Lunatic asylums Punjab 1881-1894 - 1881-1894
Year: 1881
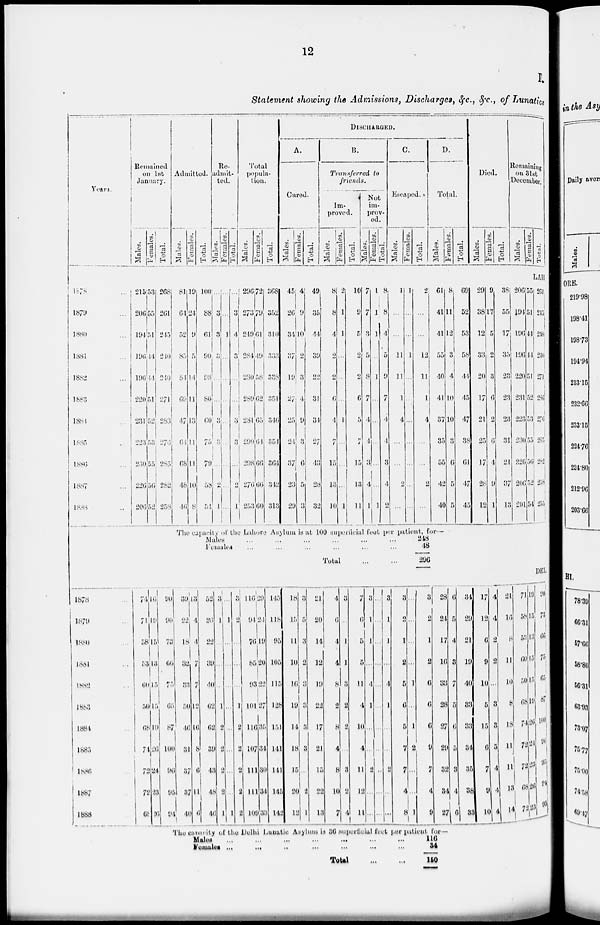
12
Statement showing the Admissions, Discharges, &c., &c., of Lunatics
Years.
Remained
on 1st
January.
Males.
Females.
Total.
Admitted.
Males.
Females.
Total.
Re-
admit-
ted.
Males.
Females.
Total.
Total
popula-
tion.
Males.
Females.
Total.
DISCHARGED.
A.
Cured.
Males.
Females.
Total.
B.
Transferred to
friends.
Im-
proved.
Males.
Females.
Total.
Not
im-
prov-
ed.
Males.
Females.
Total.
C.
Escaped.
Males.
Females.
Total.
D.
Total.
Males.
Females.
Total.
Died.
Males.
Females.
Total.
Remaining
on 31st
December.
Males.
Females.
Total.
LAHORE
1878 ...
1879 ...
1880 ...
1881 ...
1882 ...
1883 ...
1884 ...
1885 ...
1880 ...
1887 ...
1888 ...
215
206
194
196
190
220
231
223
230
226
206
53
55
51
14
44
51
52
53
55
50
52
268
261
245
240
240
271
283
276
285
282
258
81
64
52
85
84
69
47
64
68
48
46
19
24
9
5
14
11
13
11
11
10
8
100
88
61
90
98
80
60
75
79
58
51
...
3
3
3
...
...
3
3
...
2
1
...
...
1
...
...
...
...
...
...
...
...
...
3
4
3
...
...
3
3
...
2
1
296
273
249
284
280
289
281
290
298
276
253
72
79
61
49
58
62
65
64
66
66
60
368
352
310
333
338
351
346
354
364
342
313
45
26
31
37
19
27
25
24
37
23
29
4
9
10
2
3
4
9
3
6
5
3
49
35
44
39
22
31
34
27
43
28
32
8
8
4
2
2
6
4
7
15
13
10
2
1
1
...
...
...
1
...
...
...
1
10
9
5
2
2
6
5
7
15
13
11
7
7
3
5
8
7
4
4
3
4
1
1
1
1
...
1
...
...
...
...
...
1
8
8
4
5
9
7
4
4
3
4
2
1
...
...
11
11
1
4
...
....
2
...
1
...
...
1
...
...
...
...
...
...
...
2
...
...
12
11
1
4
...
...
2
...
61
41
41
55
40
41
37
35
55
42
40
The capacity of the Lahore Asylum is at 100 suporficial foot per patient, for—
Males .........
Females .........
Total
248
48
296
8
11
12
3
4
10
10
3
6
5
5
69
52
53
58
44
45
47
38
61
47
45
29
38
12
33
20
17
21
25
17
28
12
9
17
5
2
3
6
2
6
4
9
1
38
55
17
35
23
23
23
31
21
37
13
206
194
196
190
220
234
223
230
226
206
201
55
51
44
44
51
52
53
55
50
52
54
264
215
210
240
271
286
286
283
282
258
255
DEL
1878 ...
1879 ...
1880
1881 ...
1882
1883
1884
1885
1886
1887
1888
74
71
58
53
64
50
68
74
72
72
68
16
19
15
13
15
15
19
26
24
23
26
90
90
73
66
75
65
87
100
96
95
94
39
22
18
32
33
50
46
31
37
37
11
13
4
4
7
7
12
16
8
6
11
6
52
20
22
39
40
62
62
3d
43
48
46
3
1
...
...
...
1
2
2
2
2
1
...
1
...
...
...
...
...
...
...
2
1
3
2
...
...
...
1
2
2
2
2
1
116
94
76
85
93
101
116
107
111
111
109
29
24
19
20
22
27
35
34
30
34
33
145
118
95
105
115
128
151
141
141
145
142
18
15
11
10
16
19
14
18
16
26
12
3
5
3
2
3
3
3
3
...
2
1
21
20
14
12
19
22
17
21
15
22
13
4
6
4
4
8
3
8
4
8
10
7
3
...
1
1
3
2
2
...
3
2
4
7
6
5
5
11
4
10
4
11
12
11
3
1
1
...
4
1
...
...
2
...
...
..
...
...
...
...
...
...
...
....
...
...
3
1
1
...
4
1
...
...
2
...
...
3
2
1
2
5
6
6
7
7
4
8
...
...
...
...
1
...
1
2
...
1
3
2
1
2
6
6
6
9
7
4
9
28
24
17
16
33
28
27
29
32
34
27
The capacity of the Delhi Lunatic Asylum is 36 superficial feet per patient for—
Males
...
...
...
...
...
...
...
Females
...
...
...
...
...
Total
.........
116
34
150
6
5
4
8
7
5
6
5
3
4
6
34
29
21
19
40
83
33
34
35
38
33
17
12
6
9
10
5
15
6
7
9
10
4
4
2
2
...
3
3
5
4
4
4
21
16
8
11
10
8
18
11
11
13
14
71
58
53
60
50
68
74
73
72
68
79
19
15
13
15
15
19
26
21
83
26
23
90
73
66
75
65
87
100
96
95
91
95